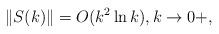
LaTeX: \begin{align*}\|S(k)\| = O(k^2\ln k),k\rightarrow 0+,\end{align*}